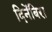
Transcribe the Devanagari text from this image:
दिनेंबिरा